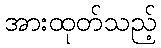
အားထုတ်သည့်